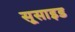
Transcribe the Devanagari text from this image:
सूसाइड